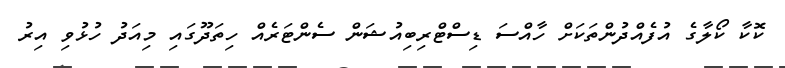
ކޮކާ ކޯލާގެ އުފެއްދުންތަކަށް ހާއްސަ ޑިސްޓްރިބިއުޝަން ސެންޓަރެއް ހިތަދޫގައި މިއަދު ހުޅުވި އިރު